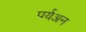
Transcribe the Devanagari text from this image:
पर्यअन